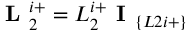
\textbf { L } _ { 2 } ^ { i + } = L _ { 2 } ^ { i + } \textbf { I } _ { \{ L 2 i + \} }